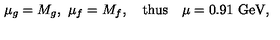
\mu _ { g } = M _ { g } , \ \mu _ { f } = M _ { f } , \quad \mathrm { t h u s } \quad \mu = 0 . 9 1 \ \mathrm { G e V } ,